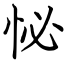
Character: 怭